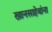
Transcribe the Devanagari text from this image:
खानसाहेबांना